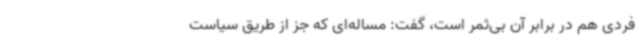
فردی هم در برابر آن بی‌ثمر است، گفت: مساله‌ای که جز از طریق سیاست